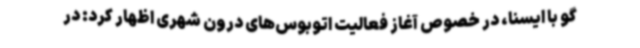
گو با ایسنا، در خصوص آغاز فعالیت اتوبوس‌های درون شهری اظهار کرد: در